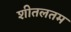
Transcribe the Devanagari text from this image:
शीतलतम